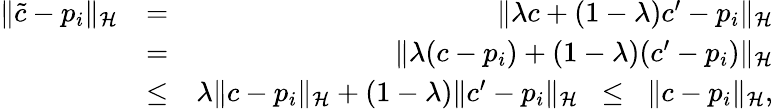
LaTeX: \begin{array}{rlr}{\| \tilde{c}-p_{i}\| _{{\cal H}}}&{=}&{\| \lambda c+(1-\lambda)c^{\prime}-p_{i}\| _{{\cal H}}}\\ &{=}&{\| \lambda(c-p_{i})+(1-\lambda)(c^{\prime}-p_{i})\| _{{\cal H}}}\\ &{\leq}&{\lambda\| c-p_{i}\| _{{\cal H}}+(1-\lambda)\| c^{\prime}-p_{i}\| _{{\cal H}}\; \; \leq\; \; \| c-p_{i}\| _{{\cal H}},}\end{array}